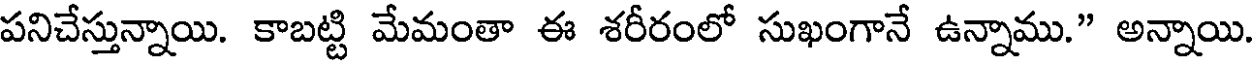
పనిచేస్తున్నాయి. కాబట్టి మేమంతా ఈ శరీరంలో సుఖంగానే ఉన్నాము." అన్నాయి